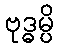
ဗုဒ္ဓမ္ပိ